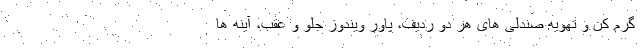
گرم کن و تهویه صندلی های هر دو ردیف، پاور ویندوز جلو و عقب، آینه ها